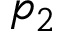
p _ { 2 }